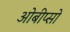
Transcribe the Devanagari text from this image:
ओबीप्‍सो